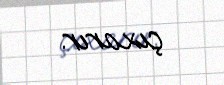
çıxarır.